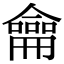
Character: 龠